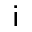
\mathsf { i }